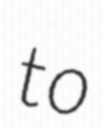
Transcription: to